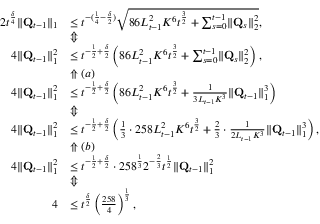
\begin{array} { r l } { 2 t ^ { \frac \delta 4 } \lVert \mathbf Q _ { t - 1 } \rVert _ { 1 } } & { \le t ^ { - ( \frac 1 4 - \frac \delta 2 ) } \sqrt { 8 6 L _ { t - 1 } ^ { 2 } K ^ { 6 } t ^ { \frac 3 2 } + \sum _ { s = 0 } ^ { t - 1 } \lVert \mathbf Q _ { s } \rVert _ { 2 } ^ { 2 } } , } \\ & { \Updownarrow } \\ { 4 \lVert \mathbf Q _ { t - 1 } \rVert _ { 1 } ^ { 2 } } & { \le t ^ { - \frac 1 2 + \frac \delta 2 } \left( 8 6 L _ { t - 1 } ^ { 2 } K ^ { 6 } t ^ { \frac 3 2 } + \sum _ { s = 0 } ^ { t - 1 } \lVert \mathbf Q _ { s } \rVert _ { 2 } ^ { 2 } \right) , } \\ & { \Uparrow ( a ) } \\ { 4 \lVert \mathbf Q _ { t - 1 } \rVert _ { 1 } ^ { 2 } } & { \le t ^ { - \frac 1 2 + \frac \delta 2 } \left( 8 6 L _ { t - 1 } ^ { 2 } K ^ { 6 } t ^ { \frac 3 2 } + \frac 1 { 3 L _ { t - 1 } K ^ { 3 } } \lVert \mathbf Q _ { t - 1 } \rVert _ { 1 } ^ { 3 } \right) } \\ & { \Updownarrow } \\ { 4 \lVert \mathbf Q _ { t - 1 } \rVert _ { 1 } ^ { 2 } } & { \le t ^ { - \frac 1 2 + \frac \delta 2 } \left( \frac 1 3 \cdot 2 5 8 L _ { t - 1 } ^ { 2 } K ^ { 6 } t ^ { \frac 3 2 } + \frac 2 3 \cdot \frac 1 { 2 L _ { t - 1 } K ^ { 3 } } \lVert \mathbf Q _ { t - 1 } \rVert _ { 1 } ^ { 3 } \right) , } \\ & { \Uparrow ( b ) } \\ { 4 \lVert \mathbf Q _ { t - 1 } \rVert _ { 1 } ^ { 2 } } & { \le t ^ { - \frac 1 2 + \frac \delta 2 } \cdot 2 5 8 ^ { \frac 1 3 } 2 ^ { - \frac 2 3 } t ^ { \frac 1 2 } \lVert \mathbf Q _ { t - 1 } \rVert _ { 1 } ^ { 2 } } \\ & { \Updownarrow } \\ { 4 } & { \le t ^ { \frac \delta 2 } \left( \frac { 2 5 8 } 4 \right) ^ { \frac 1 3 } , } \end{array}